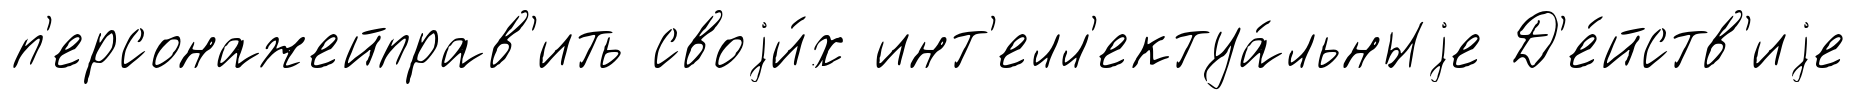
п'ерсонажейправ'ить своjи́х инт'елл'ектуа́льныjе Д'е́йств'иjе